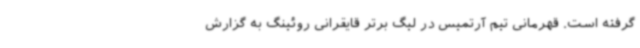
گرفته است. قهرمانی تیم آرتمیس در لیگ برتر قایقرانی روئینگ به گزارش